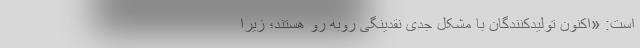
است: «اکنون تولیدکنندگان با مشکل جدی نقدینگی روبه رو هستند؛ زیرا